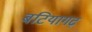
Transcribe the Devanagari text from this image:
बटियागढ़